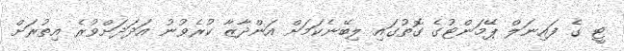
ޓީ ގެ ފައިނަލް ޕޭމަންޓުގެ ގޮތުގައި ލިބޭނެކަމަށް އަންދާޒާ ކުރެވުނު އަދަދަށްވުރެ އިތުރަށް